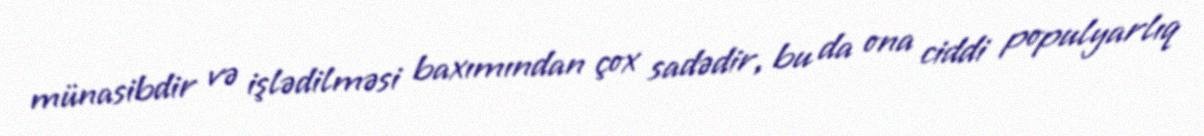
münasibdir və işlədilməsi baxımından çox sadədir, bu da ona ciddi populyarlıq